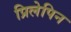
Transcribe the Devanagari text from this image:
प्रिलेपिन